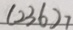
( 2 3 6 ) _ { 7 }